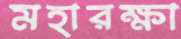
মহারক্ষা